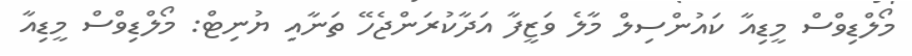
މޯލްޑިވްސް މީޑިއާ ކައުންސިލް މާލެ ވަޒީފާ އަދާކުރަންޖެހޭ ތަނާއި ޔުނިޓް: މޯލްޑިވްސް މީޑިއާ